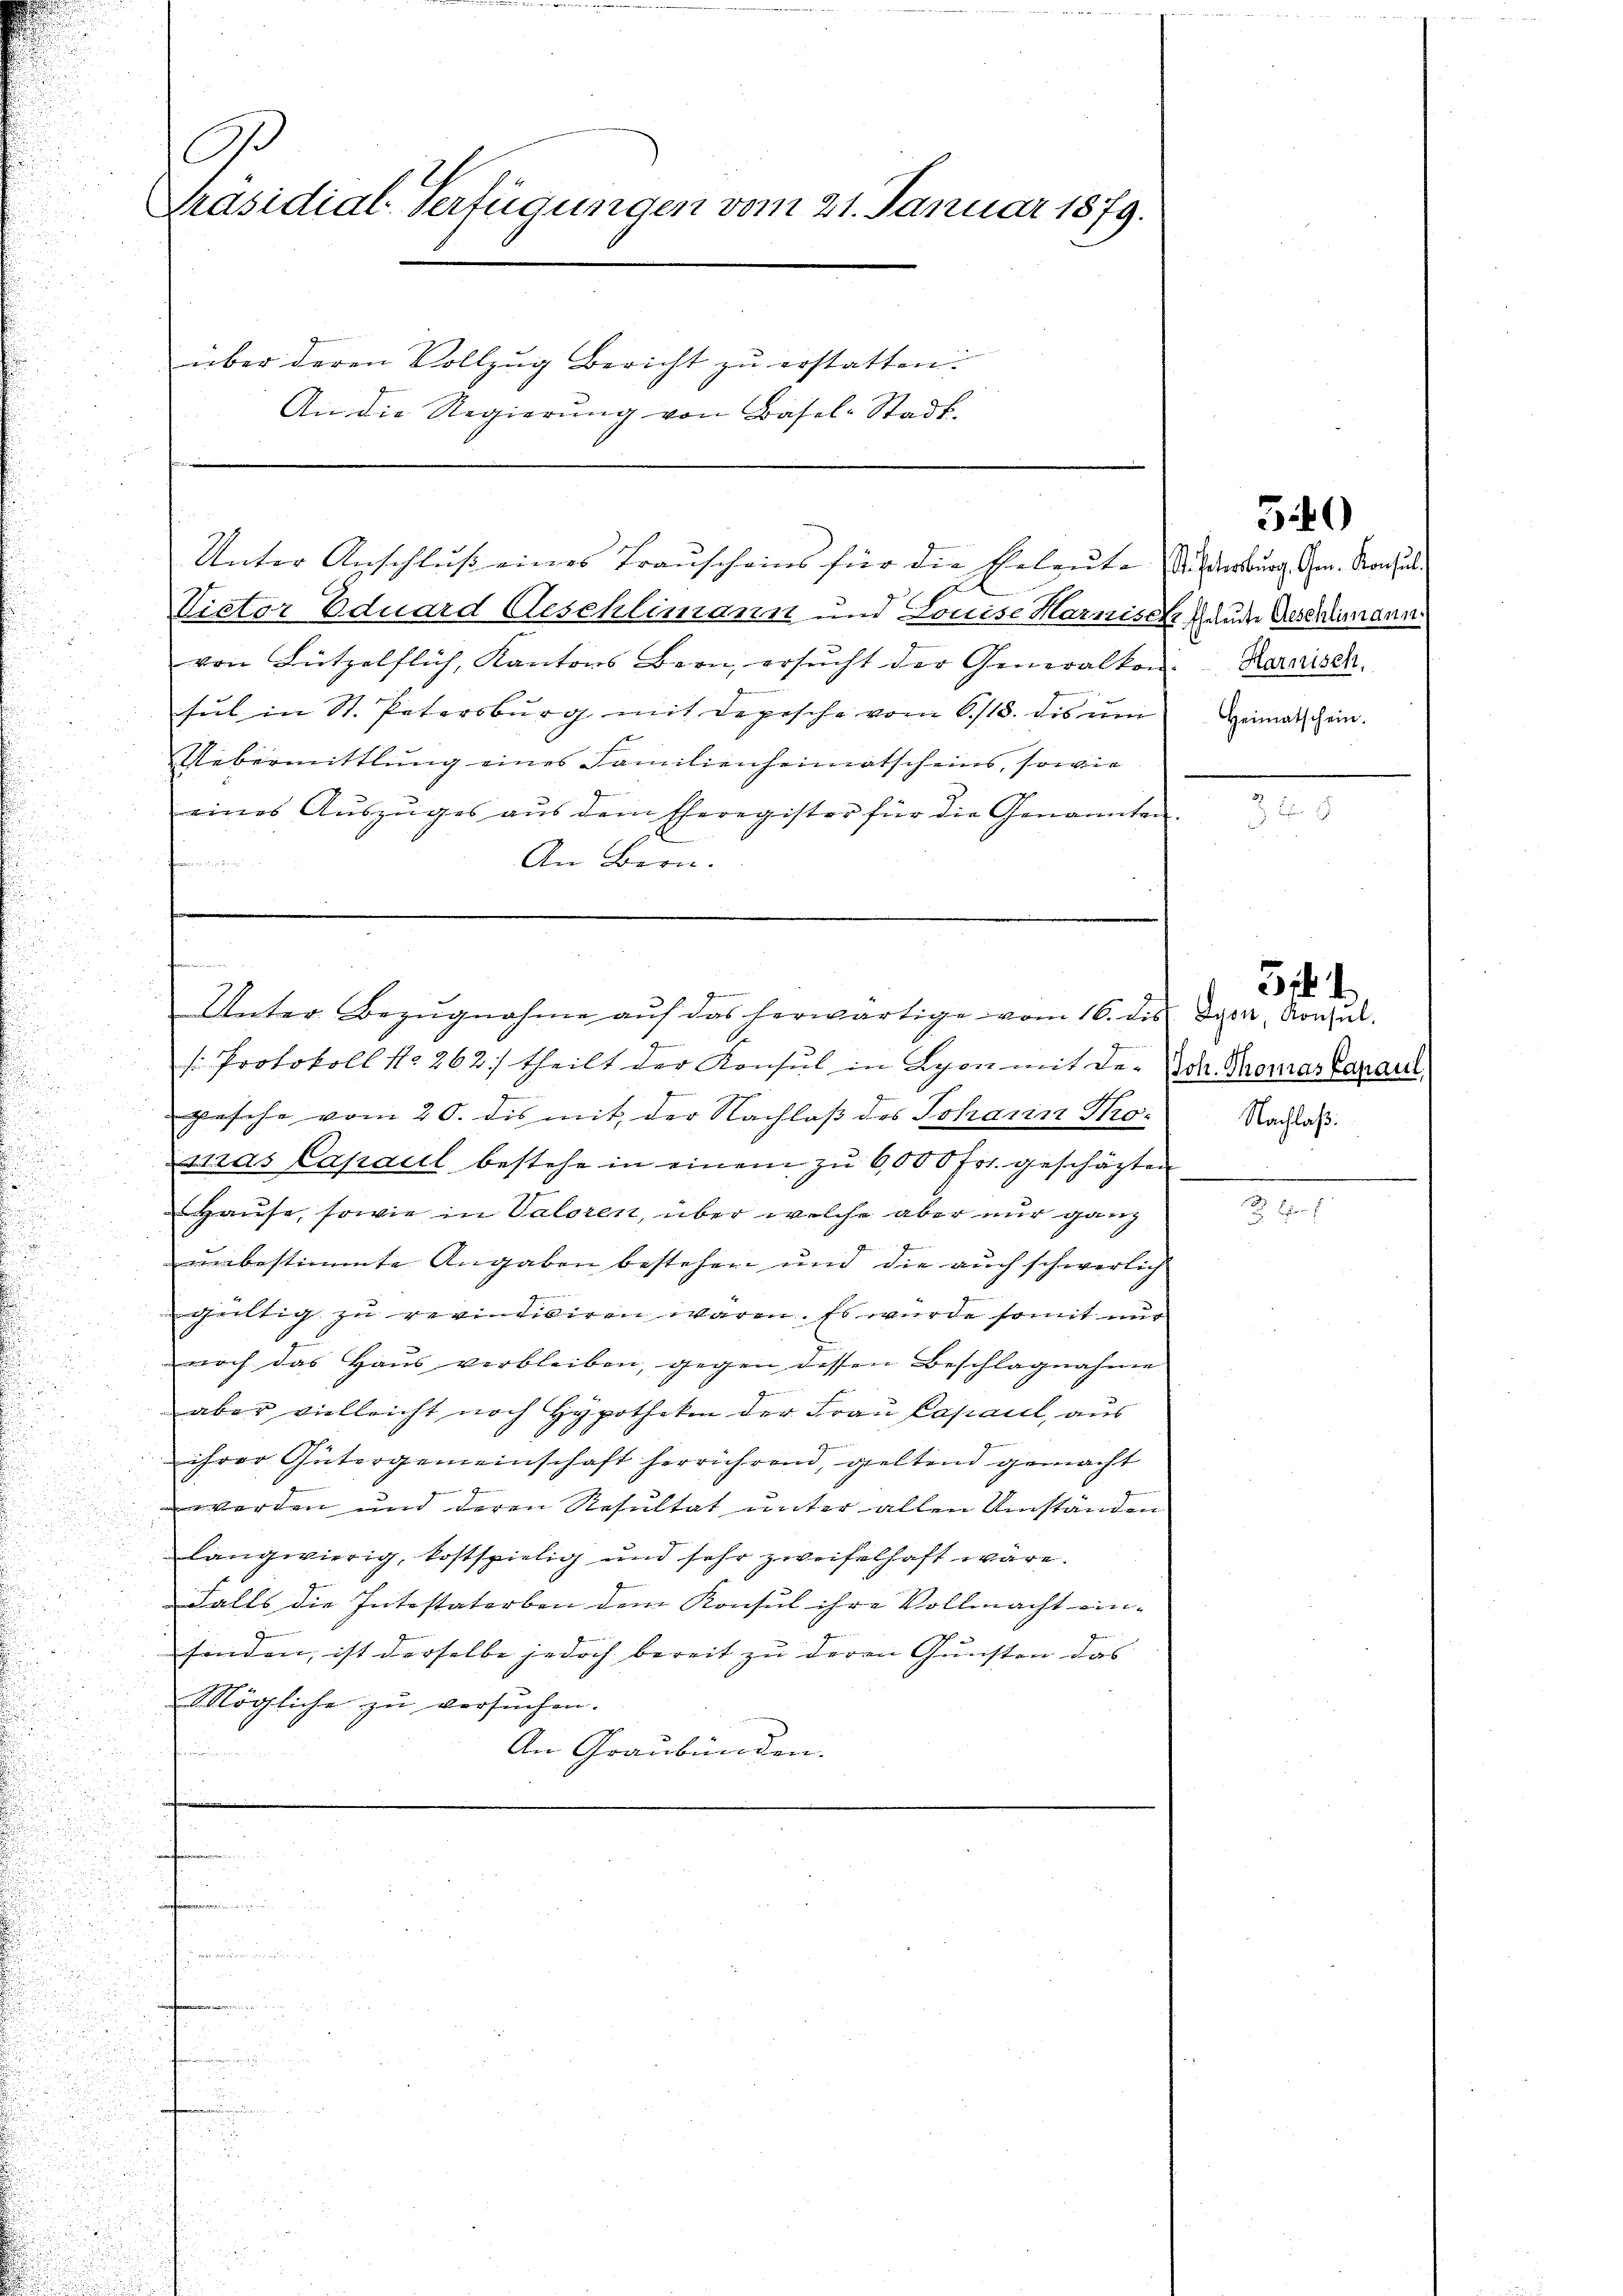
E
Victor Eduard Aeschlimann und Louise Harnische Freude Aeschlungen.
von Lützelflich, Kantons Bern, ersŭcht der Generalkon-Karaisen.
sul in St. Petersburg mit Depesche vom 6./13. dis ŭm
Uebermittlung eines Familienheimatscheins, sowie
eines Aŭszŭges aŭs dem Eheregister für die Genannten.
enen
An Bern.

O
Präsidial-Verfügungen vom 21. Januar 1879.

über deren Vollzug bericht zu erstatten:
An die Regierung von Basel-Stadt-

.
n den Eigen u

n

Unter Anschluß eines Trauscheins für die Beleute Wilderburg. Gen. Nach

s: Protokoll No 262) theilt der Konsul in Lyon mit der Vol. Kremar Caraul
pesche vom 20. dis mit der Nachlaß des Johann Thosras Capaul bestehe in einem zu 6,000 fr. geschäften
Hause, sowie in Valoren, über welche aber nur ganz
unbestimmte Angaben bestehen und die auch schwerlich
gültig zu revindiviren waren. Es wurde somit nur
noch das Haus verbleiben, gegen dessen Beschlagnahme
aber vielleicht noch Hypotheken der Frau Capaul, aus
ihrer Gütergemeinschaft herrührend, geltend gemacht
werden und deren Resultat unter allen Umständen
langwierig, kostspielig und sehr zweifelhaft wäre.
Falls die Intestaterben dem Konsul ihre Vollmacht einfinden, ist derselbe jedoch bereit zu deren Gunsten das
Mögliche zu versuchen.
An Graubünden.
i
e

Martis von die in
Unter Bezugnahme auf das herwärtige vom 16. dis

50

Heimatschein.

m

Lyon, Konsul
Nachlaß.

4

Ehren